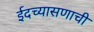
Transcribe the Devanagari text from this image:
ईदच्यासणाची